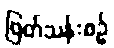
ဖြတ်သန်းစဉ်